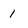
Character: 1